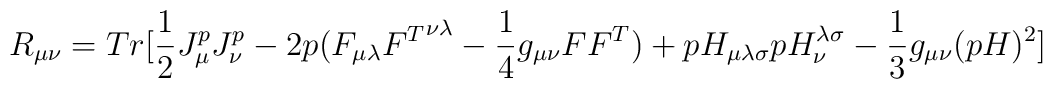
R_{\mu \nu} = Tr [\frac {1}{2}J^p_{\mu}J^p_{\nu} - 2p(F_{\mu \lambda}{F^T}^{\nu \lambda} - \frac {1}{4}g_{\mu \nu}FF^T) +pH_{\mu \lambda \sigma}pH_{\nu}^{\lambda \sigma} - \frac {1}{3}g_{\mu \nu}(pH)^2]